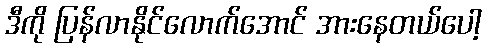
ဒီကို ပြန်လာနိုင်လောက်အောင် အားနေတယ်ပေါ့